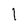
Character: l